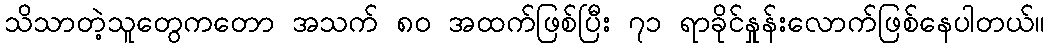
သိသာတဲ့သူတွေကတော အသက် ၈၀ အထက်ဖြစ်ပြီး ၇၁ ရာခိုင်နှုန်းလောက်ဖြစ်နေပါတယ်။